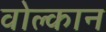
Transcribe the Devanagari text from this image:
वोल्कान